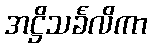
အဋ္ဌိသင်္ခလိကာ